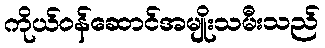
ကိုယ်ဝန်ဆောင်အမျိုးသမီးသည်